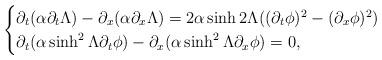
LaTeX: \begin{align*}\begin{cases}\partial_t(\alpha \partial_t\Lambda) - \partial_x(\alpha \partial_x\Lambda) = 2\alpha \sinh{2\Lambda}((\partial_t\phi)^2-(\partial_x\phi)^2)\\\partial_t(\alpha \sinh^2 \Lambda \partial_t\phi )- \partial_x(\alpha \sinh^2 \Lambda \partial_x\phi )= 0,\end{cases}\end{align*}